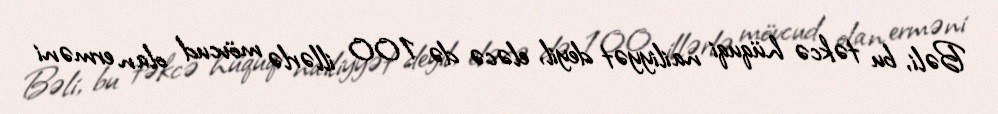
Bəli, bu təkcə hüquqi nailiyyət deyil, eləcə də 100 illərlə mövcud olan erməni